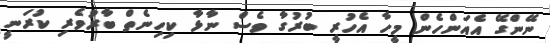
ނޭންގޭ އެއަންހެން މީހާ އެހުރީ ބުރުގާ ވެސް ނާޅާ ކިހިނެތް ބާރުވެރި ކުރަނީ